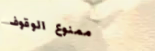
ممنوع الوقوف